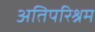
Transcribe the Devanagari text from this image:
अतिपरिश्रम